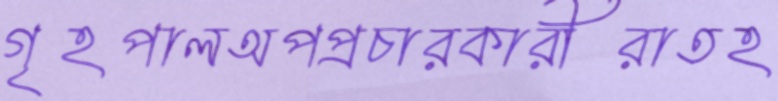
গৃহপালঅপপ্রচারকারীরাতহ